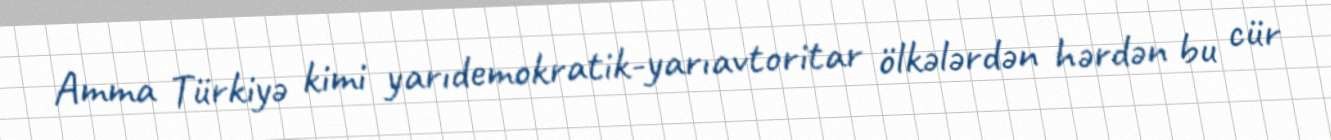
Amma Türkiyə kimi yarıdemokratik-yarıavtoritar ölkələrdən hərdən bu cür